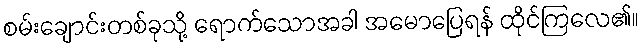
စမ်းချောင်းတစ်ခုသို့ ရောက်သောအခါ အမောပြေရန် ထိုင်ကြလေ၏။